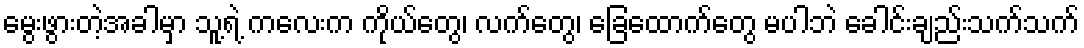
မွေးဖွားတဲ့အခါမှာ သူ့ရဲ့ ကလေးက ကိုယ်တွေ၊ လက်တွေ၊ ခြေထောက်တွေ မပါဘဲ ခေါင်းချည်းသက်သက်